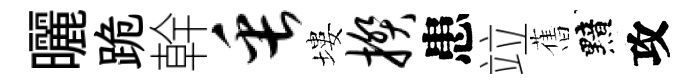
曬跪幹缶塿揆患竝𦾔黯攻